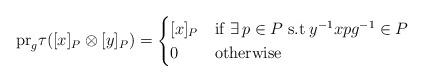
LaTeX: \begin{align*} \mathrm{pr}_g \tau([x]_P \otimes [y]_P)= \begin{cases} [x]_P & \mathrm{if}\; \exists\, p\in P\; \mathrm{s.t}\; y^{-1}xpg^{-1}\in P \\ 0 & \mathrm{otherwise} \end{cases} \end{align*}